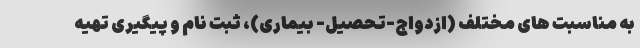
به مناسبت های مختلف (ازدواج-تحصیل- بیماری)، ثبت نام و پیگیری تهیه